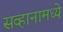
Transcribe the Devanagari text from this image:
सव्हानामध्ये